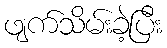
ဖျက်သိမ်းခဲ့ပြီး